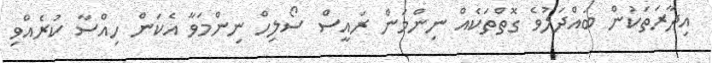
އިދާރަތަކުން ބައްދަލުވެ ގޮތްތަކެއް ނިންމަން ރައީސް ސޯލިހް ނިންމަވާ އެކަން ހިއްސާ ކުރެއްވި